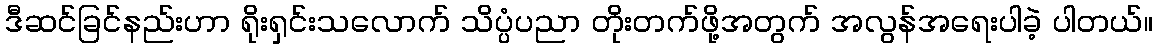
ဒီဆင်ခြင်နည်းဟာ ရိုးရှင်းသလောက် သိပ္ပံပညာ တိုးတက်ဖို့အတွက် အလွန်အရေးပါခဲ့ ပါတယ်။